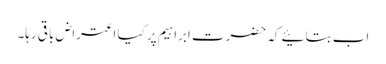
اب بتائیے کہ حضرت ابراہیم پر کیا اعتراض باقی رہا۔